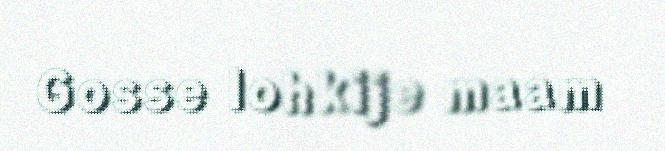
Gosse lohkije maam